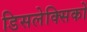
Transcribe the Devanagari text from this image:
डिसलेक्सिकों